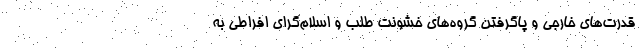
قدرت‌های خارجی و پاگرفتن گروه‌های خشونت طلب و اسلام‌گرای افراطی به